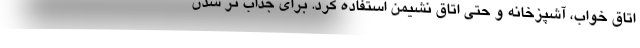
اتاق خواب، آشپزخانه و حتی اتاق نشیمن استفاده کرد. برای جذاب تر شدن